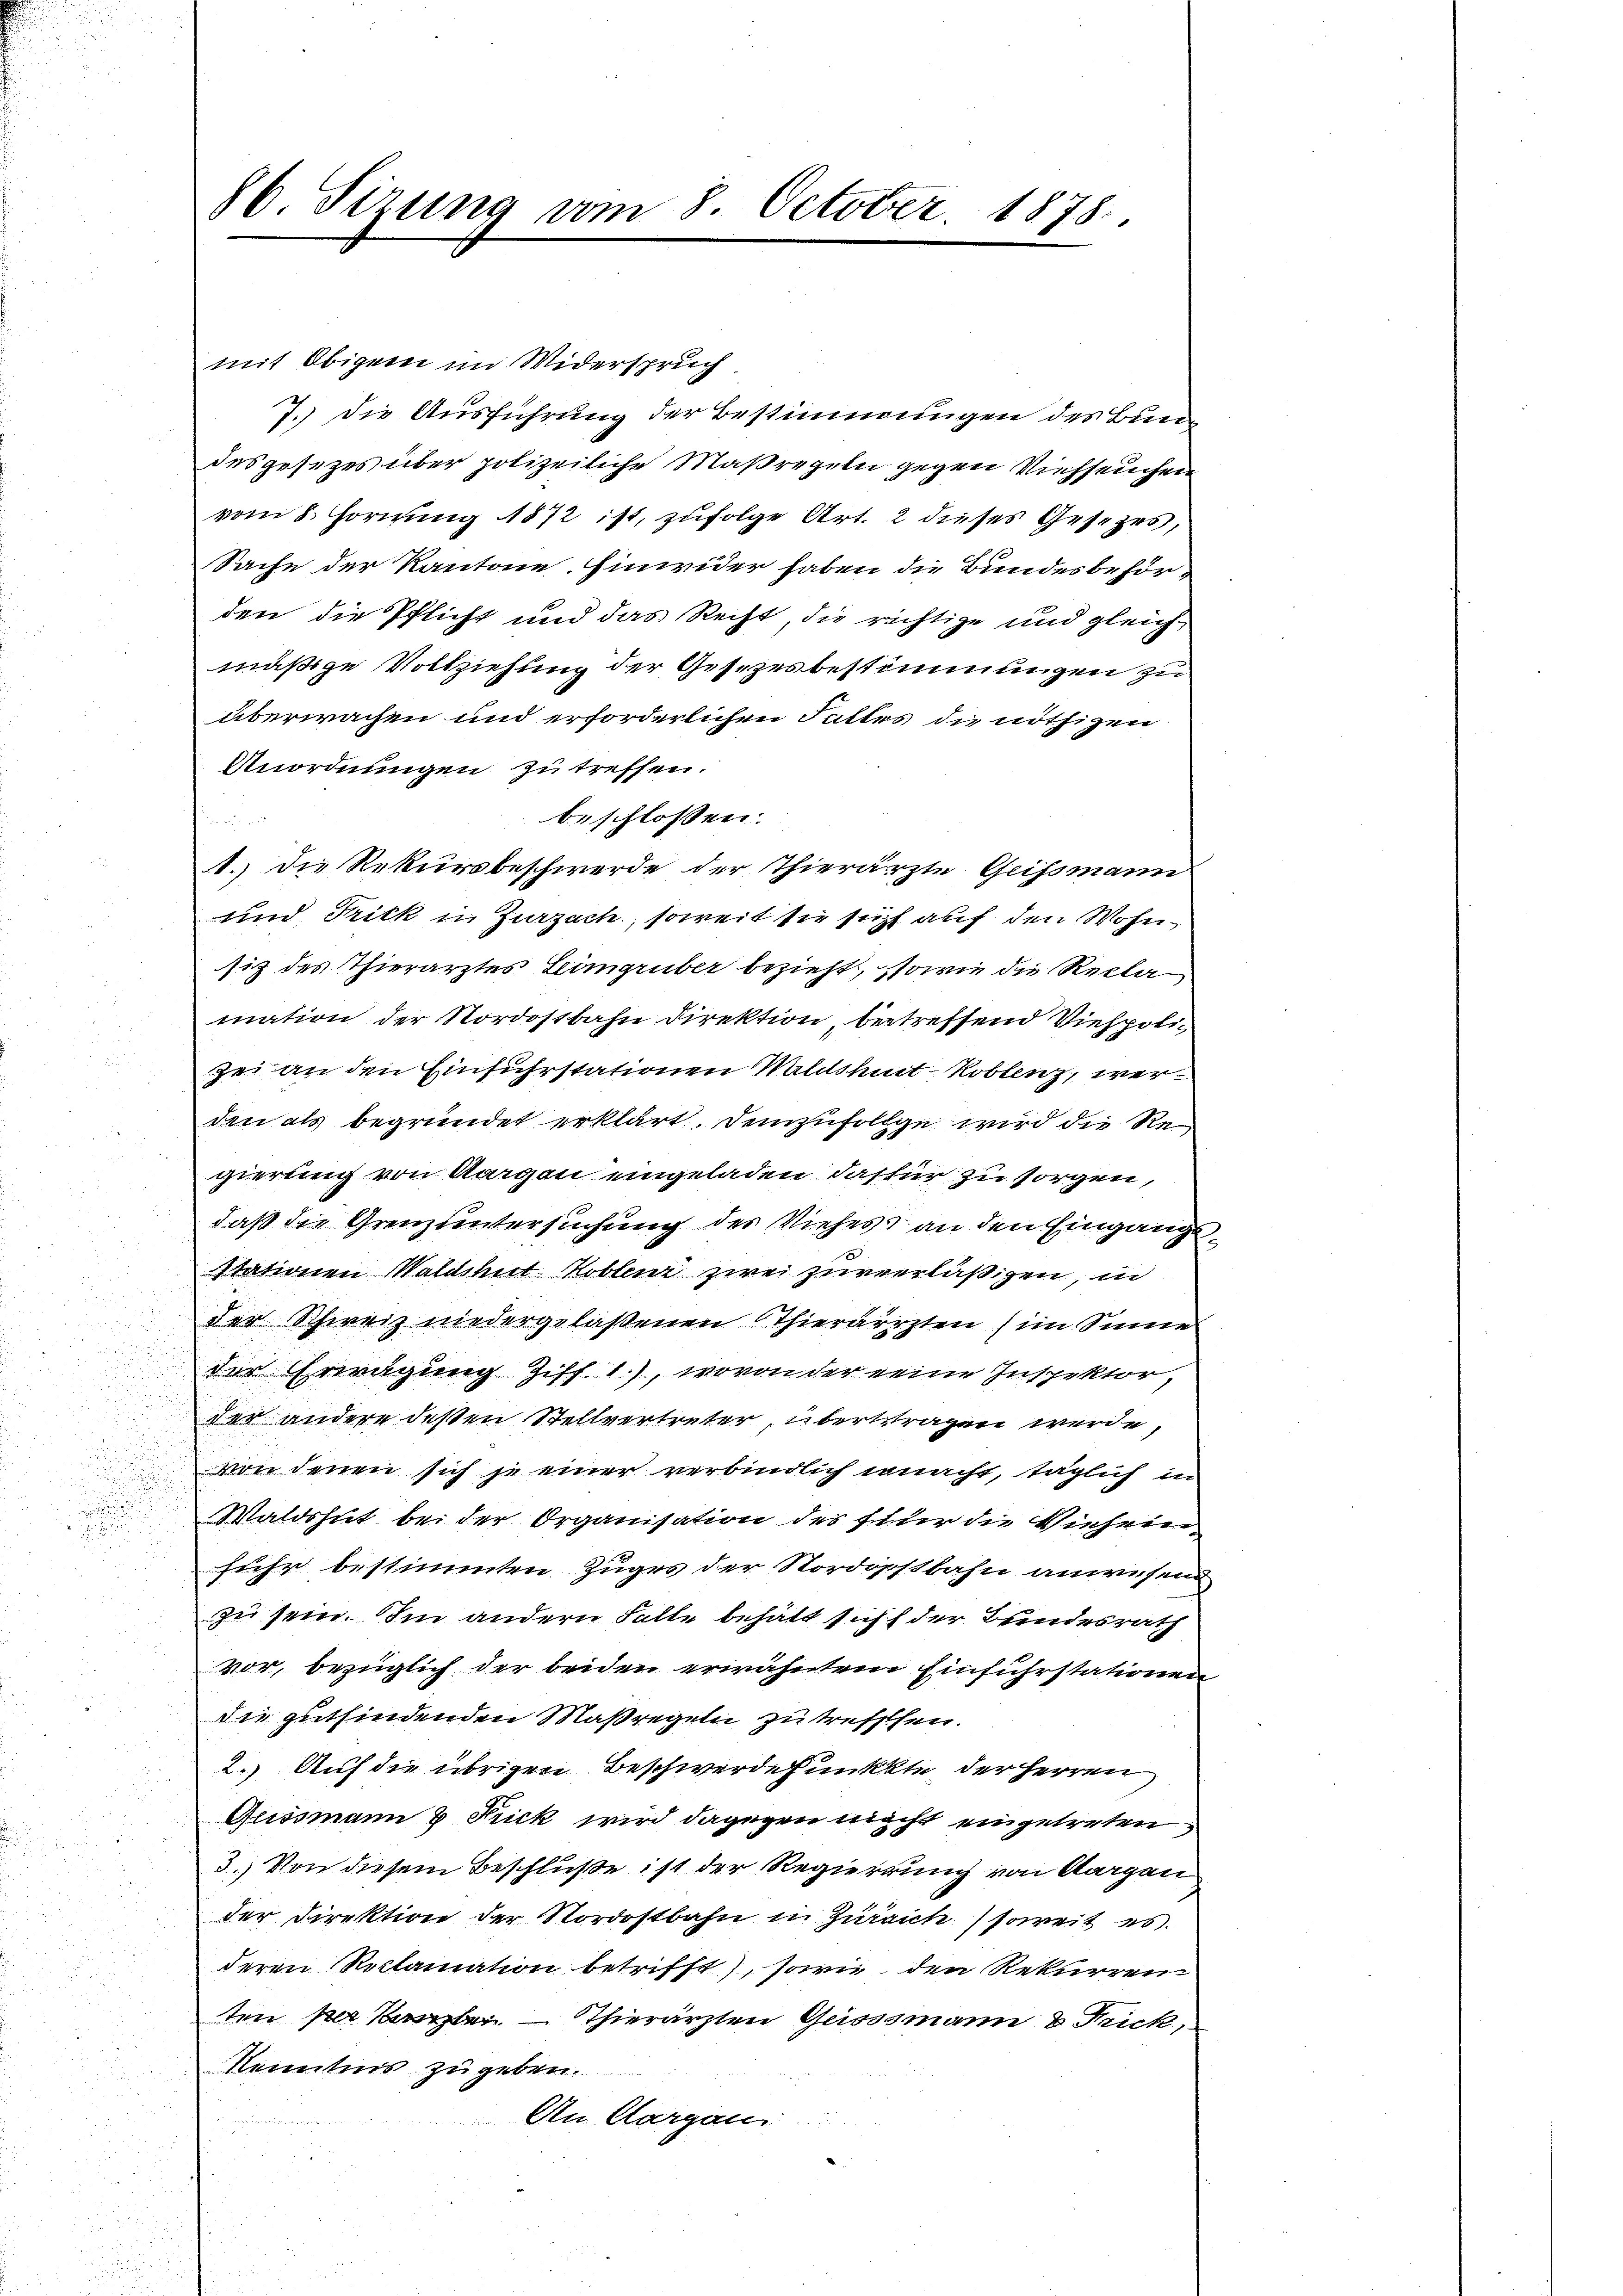
86. Sizung vom 8. October. 1878.

mit Obigen im Widerspruch
7.) Die Ausführung der Bestimmungen des Bundesgesetzes über polizeiliche Maßregeln gegen Viehseuchein
vom 8. Hornung 1872 ist, zufolge Art. 2 dieses Gesetzes,
Sache der Kantone. Einwider haben die Bundesbehörden die Pflicht und das Recht die richtige und gleich-
mäßige Vollziehung der Gesezesbestimmungen zu
überwachen und erforderlichen Sattes die nöthigen
Unordnungen zu treffen.
beschlossen:
 85
1.) die Rekursbeschwerde der Thierärzte Geissmann
und Frick in Zurzach, soweit sie sicht auf den Wohnsiz des Thierarztes Leingruber bezieht, sowie die Reclamation der Nordostbahn direktion, betreffend Viehpolize an den Einfuhrstationen Waldshut Koblenz, werden als begründet erklärt. Demzufolge wird die Re¬
u
gierung von Aargau eingeladen, dasfür zu sorgen,
3
daß die Grenzuntersuchung der Viehess an den Eingangs¬
u
Itationen Waldshut Koblenz zwei zuverläßigen, in

a
der Schweiz niedergelaßenen Thierärzten (im Sinne

der Erwägung Ziff. 1.), wovon der eine Inspektor,
u
der andere deßen Stellvertreter, übertragen werde,
von denen sich je einer verbindlich wacht, täglich in

Waldshut bei der Organisation des für die Viehein¬
.

suche bestimmten Zuges der Nordostbahn anwesen
zu sein. Im andern Falle behalt sicht der Bundesrath
vor, bezüglich der beiden erwähntem Einfuhrstationen
Die gutfindenden Maßregeln zu treffen.
2.) Auf die übrigen Beschwerde funkkte, der Herren
Gesssmann 2 Frick wird dagegen macht eingetreten,
3.) Von diesem Beschluße ist der Regierung von Aargau
der Direktion der Nordostbahn in Zureich soweit es.
deren Reclamation betrifft, sowie den Rekurren
ten per Kanzlei. — Thierärzten Geisssmann & Frick,
Kenntnis zu geben.
An Aargaui